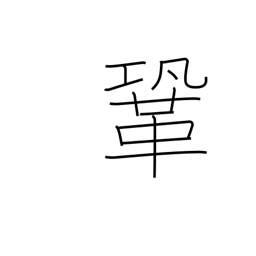
Meaning: firm